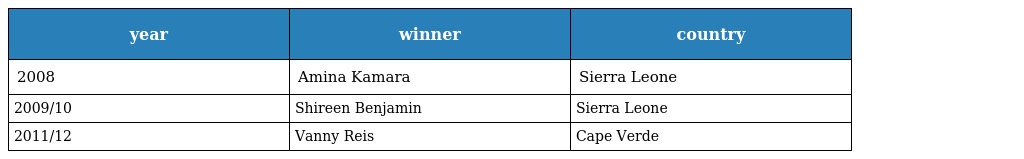
| year | winner | country |
 | --- | --- | --- |
 | 2008 | Amina Kamara | Sierra Leone |
 | 2009/10 | Shireen Benjamin | Sierra Leone |
 | 2011/12 | Vanny Reis | Cape Verde |